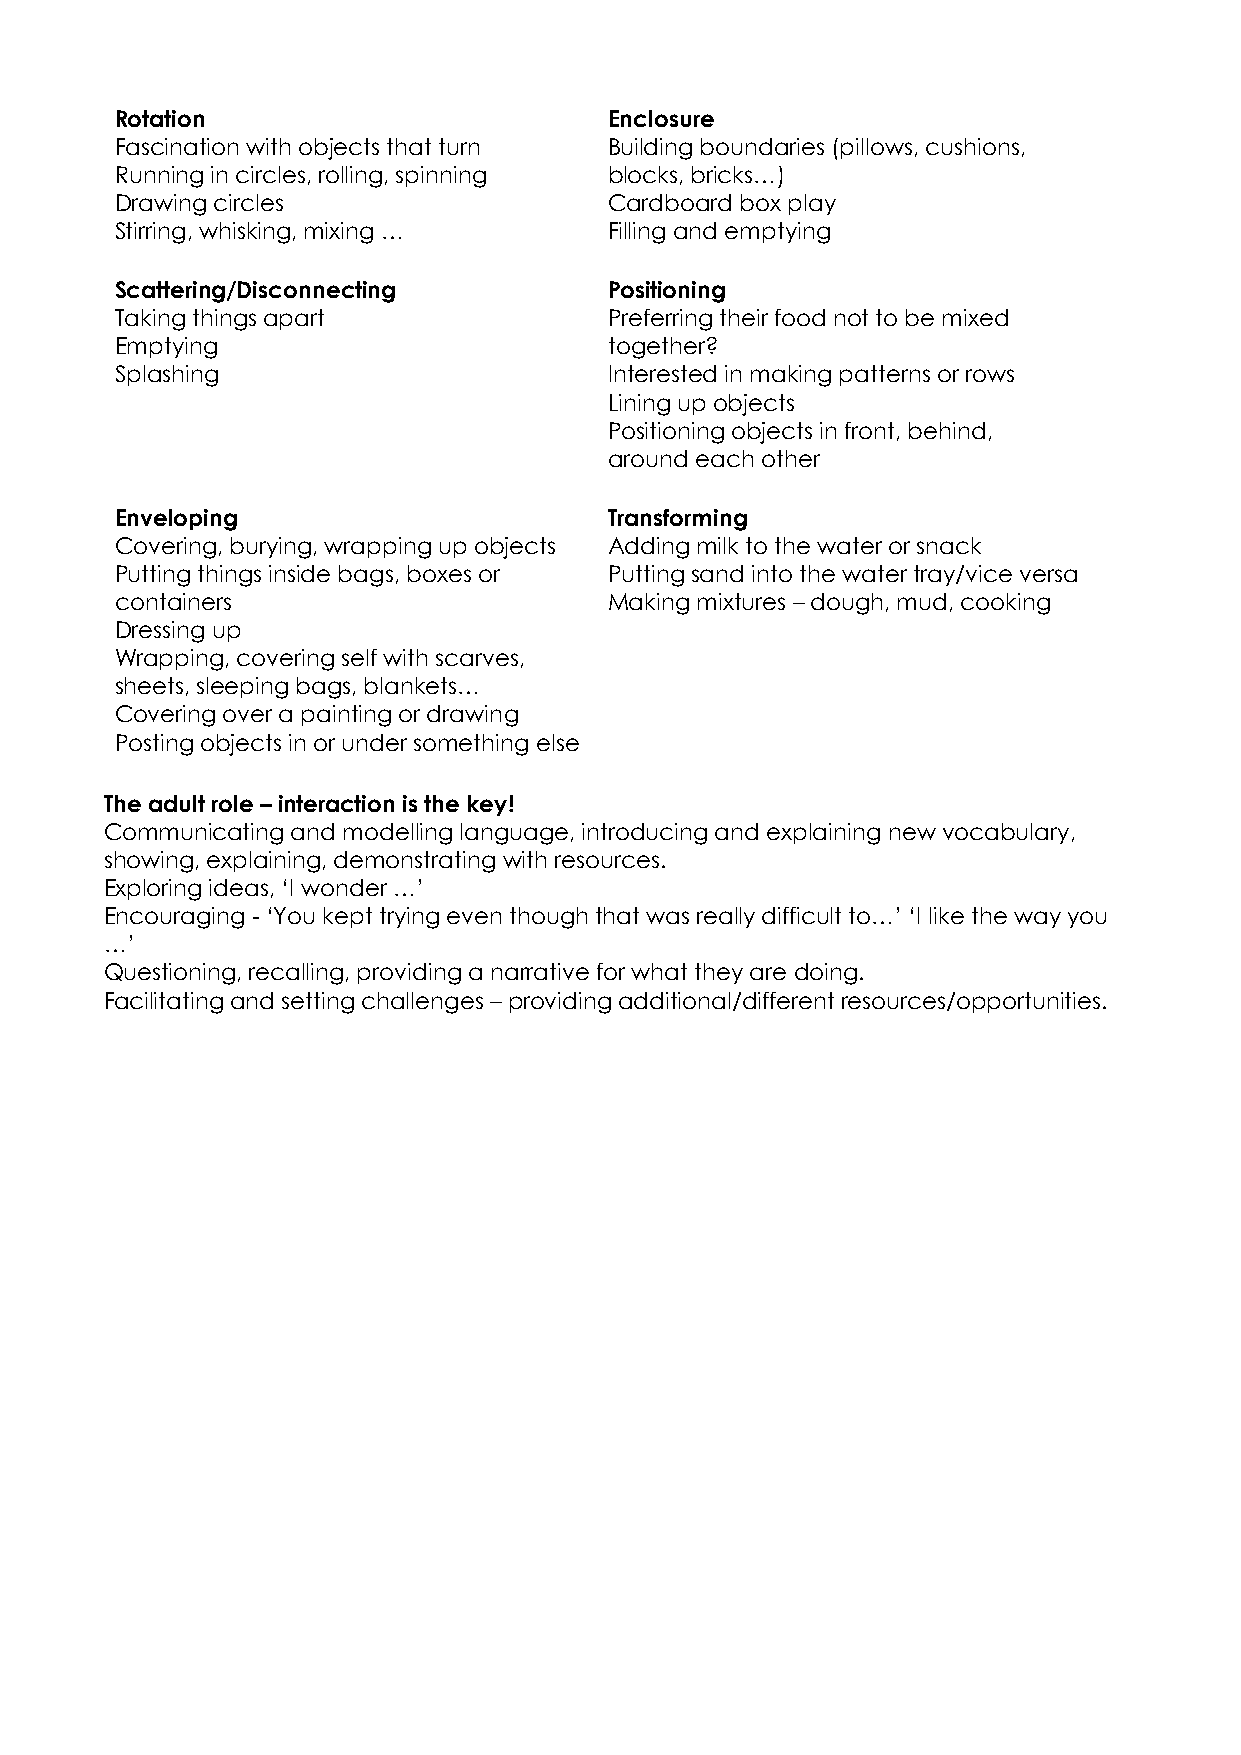
Rotation                        Enclosure
 Fascination with objects that turn Building boundaries (pillows, cushions,
 Running in circles, rolling, spinning blocks, bricks…)
 Drawing circles                 Cardboard box play
 Stirring, whisking, mixing …    Filling and emptying
 Scattering/Disconnecting        Positioning
 Taking things apart             Preferring their food not to be mixed
 Emptying                        together?
 Splashing                       Interested in making patterns or rows
 Lining up objects
 Positioning objects in front, behind,
 around each other
 Enveloping                      Transforming
 Covering, burying, wrapping up objects Adding milk to the water or snack
 Putting things inside bags, boxes or Putting sand into the water tray/vice versa
 containers                      Making mixtures – dough, mud, cooking
 Dressing up
 Wrapping, covering self with scarves,
 sheets, sleeping bags, blankets…
 Covering over a painting or drawing
 Posting objects in or under something else
 The adult role – interaction is the key!
 Communicating and modelling language, introducing and explaining new vocabulary,
 showing, explaining, demonstrating with resources.
 Exploring ideas, ‘I wonder …’
 Encouraging - ‘You kept trying even though that was really difficult to…’ ‘I like the way you
 …’
 Questioning, recalling, providing a narrative for what they are doing.
 Facilitating and setting challenges – providing additional/different resources/opportunities.